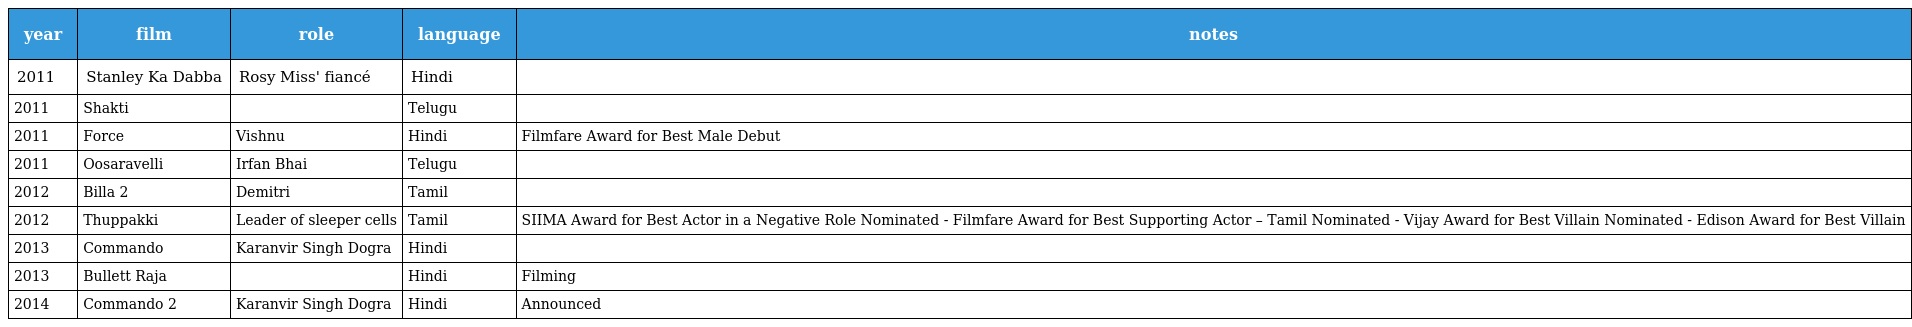
| year | film | role | language | notes |
 | --- | --- | --- | --- | --- |
 | 2011 | Stanley Ka Dabba | Rosy Miss' fiancé | Hindi |  |
 | 2011 | Shakti |  | Telugu |  |
 | 2011 | Force | Vishnu | Hindi | Filmfare Award for Best Male Debut |
 | 2011 | Oosaravelli | Irfan Bhai | Telugu |  |
 | 2012 | Billa 2 | Demitri | Tamil |  |
 | 2012 | Thuppakki | Leader of sleeper cells | Tamil | SIIMA Award for Best Actor in a Negative Role Nominated - Filmfare Award for Best Supporting Actor – Tamil Nominated - Vijay Award for Best Villain Nominated - Edison Award for Best Villain |
 | 2013 | Commando | Karanvir Singh Dogra | Hindi |  |
 | 2013 | Bullett Raja |  | Hindi | Filming |
 | 2014 | Commando 2 | Karanvir Singh Dogra | Hindi | Announced |